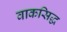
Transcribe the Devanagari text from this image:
वाकसिद्ध